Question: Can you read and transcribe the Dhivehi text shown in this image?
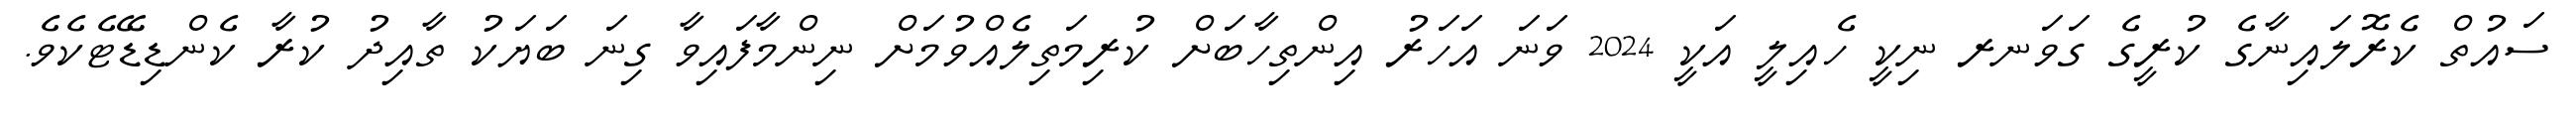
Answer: ސައުތް ކެރޮލައިނާގެ ކުރީގެ ގަވަނރ ނިކީ ހެއިލީ އަކީ 2024 ވަނަ އަހަރު އިންތިހާބަށް ކުރިމަތިލެއްވުމަށް ނިންމާފައިވާ ގިނަ ބަޔަކު ތާއިދު ކުރާ ކެންޑިޑޭޓެކެވެ.